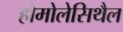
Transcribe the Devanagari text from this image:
होमोलेसिथैल